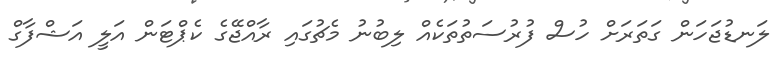
ލަނޑުޖަހަން ގަތަރަށް ހުސް ފުރުސަތުތަކެއް ލިބުނު މެޗުގައި ރާއްޖޭގެ ކެޕްޓަން އަލީ އަޝްފާގް